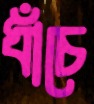
ধাঁচে